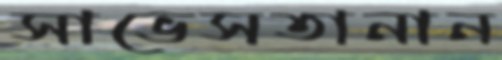
সাভেসতানান